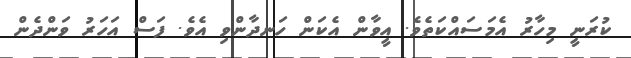
ކުރަނީ މިހާރު އެމަސައްކަތެވެ. އީވާން އެކަން ހަނދާންވި އެވެ. ފަސް އަހަރު ވަންދެން